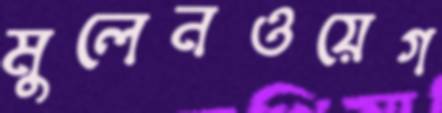
মুলেনওয়েগ